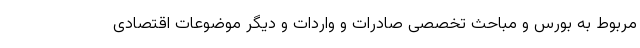
مربوط به بورس و مباحث تخصصی صادرات و واردات و دیگر موضوعات اقتصادی